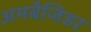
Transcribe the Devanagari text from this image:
अमबैजिडर